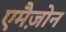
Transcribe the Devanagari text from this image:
एमैज़ोन